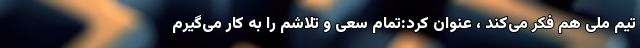
تیم ملی هم فکر می‌کند ، عنوان کرد:‌تمام سعی و تلاشم را به کار می‌گیرم